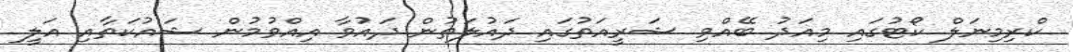
ކްރިމިނަލް ކޯޓުގައި މިއަދު ބޭއްވި ޝަރީއަތުގައި ދައުލަތުން ދައުވާ އިއްވުމުން ޝައުކަތާއި އަލީ